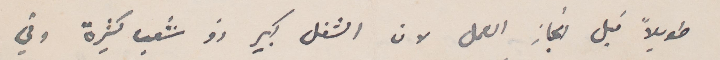
طويلًا قبل انجاز العمل لان الشغل كبير ذو شعب كثيرة وفي